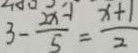
3 - \frac { 2 x - 1 } { 5 } = \frac { x + 1 } { 2 }